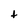
Character: t